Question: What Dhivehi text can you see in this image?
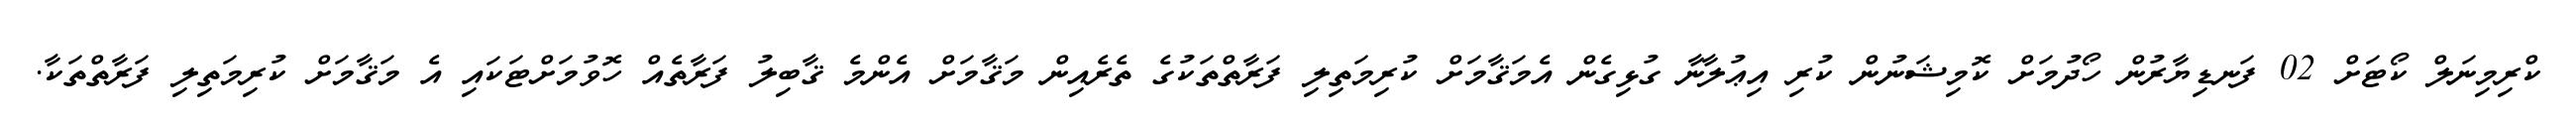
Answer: ކްރިމިނަލް ކޯޓަށް 02 ފަނޑިޔާރުން ހޯދުމަށް ކޮމިޝަނުން ކުރި އިޢުލާނާ ގުޅިގެން އެމަޤާމަށް ކުރިމަތިލި ފަރާތްތަކުގެ ތެރެއިން މަޤާމަށް އެންމެ ޤާބިލު ފަރާތެއް ހޮވުމަށްޓަކައި އެ މަޤާމަށް ކުރިމަތިލި ފަރާތްތަކާ.